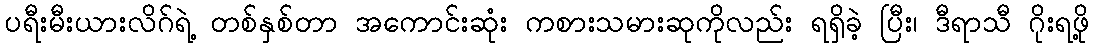
ပရီးမီးယားလိဂ်ရဲ့ တစ်နှစ်တာ အကောင်းဆုံး ကစားသမားဆုကိုလည်း ရရှိခဲ့ ပြီး၊ ဒီရာသီ ဂိုးရဖို့